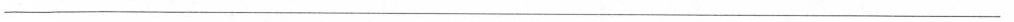
___